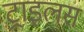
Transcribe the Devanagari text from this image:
ट्राइलस